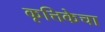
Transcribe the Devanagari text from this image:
कृत्तिकेचा